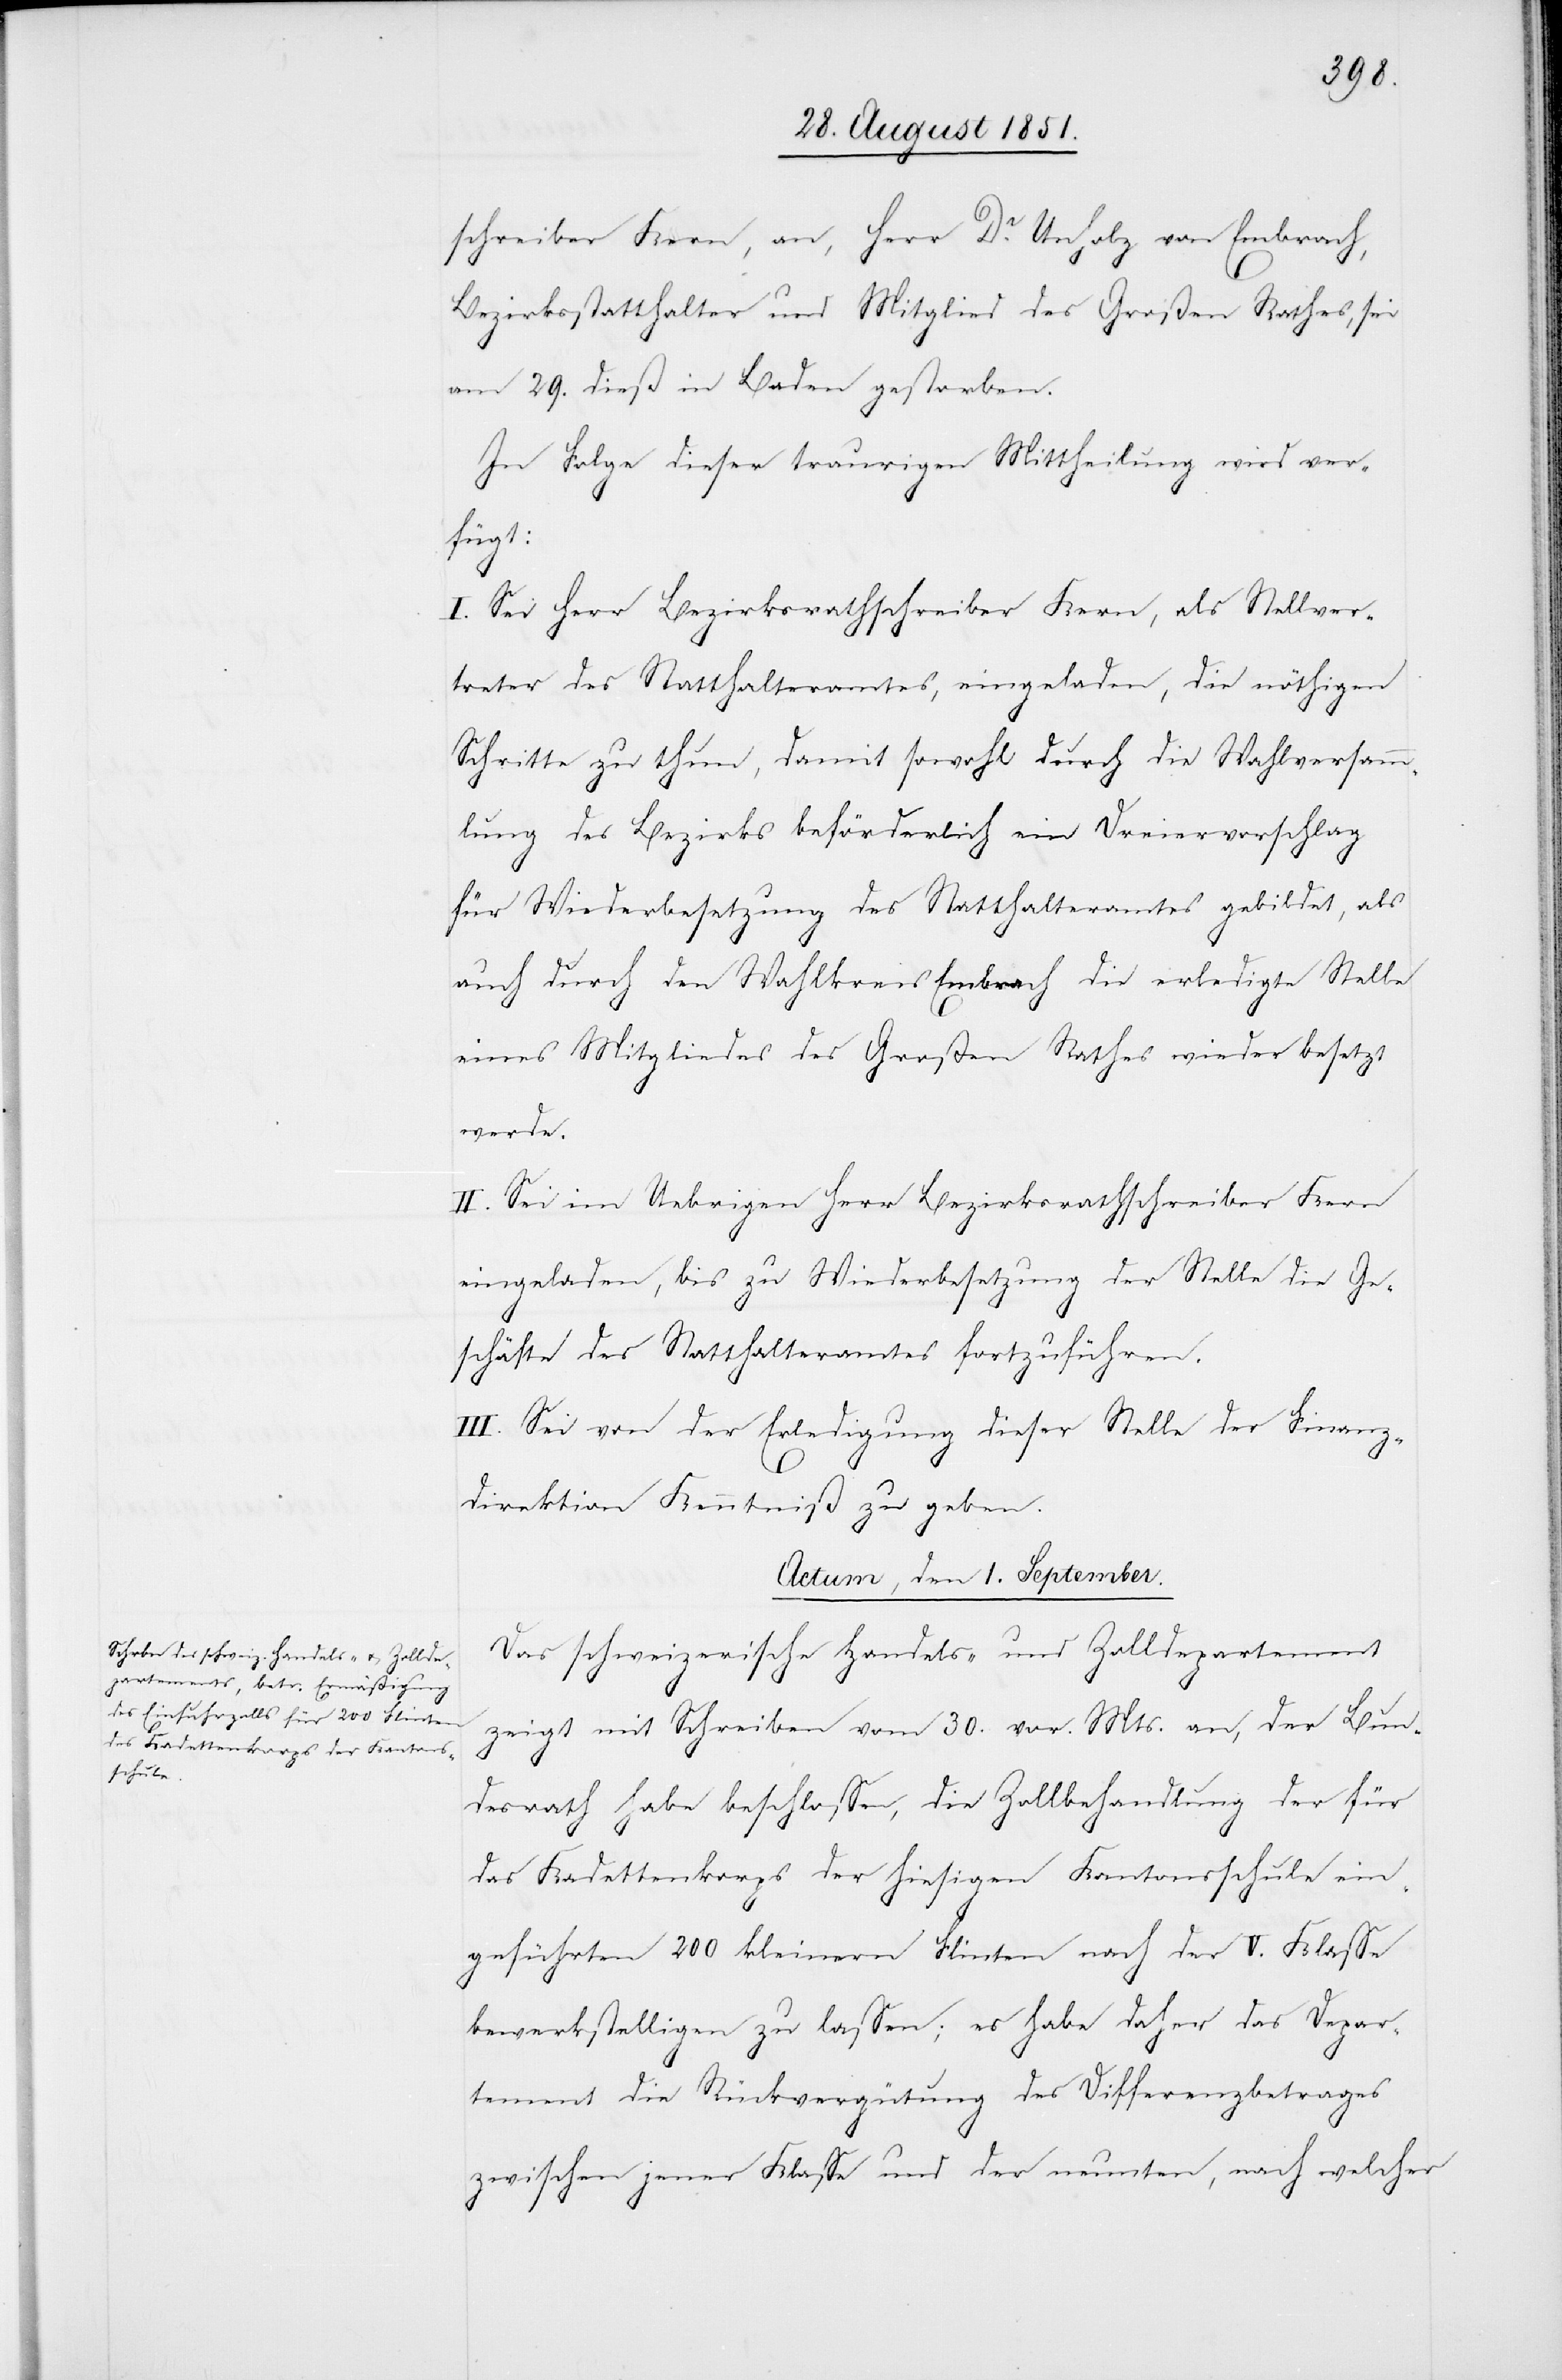
schreiber Kern, an, Herr Dr. Unholz von Embrach,
Bezirksstatthalter und Mitglied des Großen Rathes, sei
am 29. dieß in Baden gestorben.
In Folge dieser traurigen Mittheilung wird ver¬
fügt:
I. Sei Herr Bezirksrathschreiber Kern, als Stellver¬
treter des Statthalteramtes, eingeladen, die nöthigen
Schritte zu thun, damit sowohl durch die Wahlversamm¬
lung des Bezirks beförderlich ein Dreiervorschlag
für Wiederbesetzung des Statthalteramtes gebildet, als
auch durch den Wahlkreis Embrach die erledigte Stelle
eines Mitgliedes des Großen Rathes wieder besetzt
werde.
II. Sei im Uebrigen Herr Bezirksrathschreiber Kern
eingeladen, bis zu Wiederbesetzung der Stelle die Ge¬
schäfte des Statthalteramtes fortzuführen.
III. Sei von der Erledigung dieser Stelle der Finanz¬
direktion Kenntniß zu geben.
Actum, den 1. September.
Das schweizerische Handels- und Zolldepartement
zeigt mit Schreiben vom 30. vor. Mts. an, der Bun¬
desrath habe beschlossen, die Zollbehandlung der für
das Kadettenkorps der hiesigen Kantonsschule ein¬
geführten 200 kleinern Flinten nach der V. Klasse
bewerkstelligen zu lassen; es habe daher das Depar¬
tement die Rückvergütung des Differenzbetrages
zwischen jener Klasse und der neunten, nach welcher